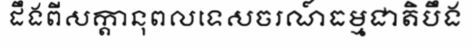
ដឹងពីសក្តានុពលទេសចរណ៍ធម្មជាតិបឹង